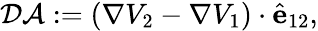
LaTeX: \mathcal{DA}:=\left(\nabla V_{2}-\nabla V_{1}\right)\cdot\hat{\mathbf{e}}_{12},